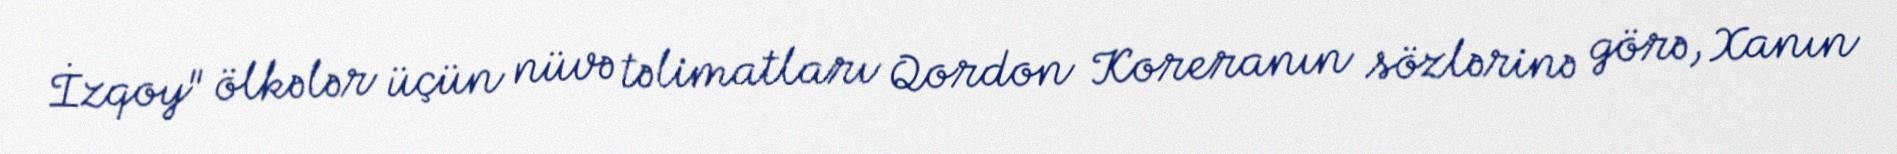
İzqoy" ölkələr üçün nüvə təlimatları Qordon Koreranın sözlərinə görə, Xanın